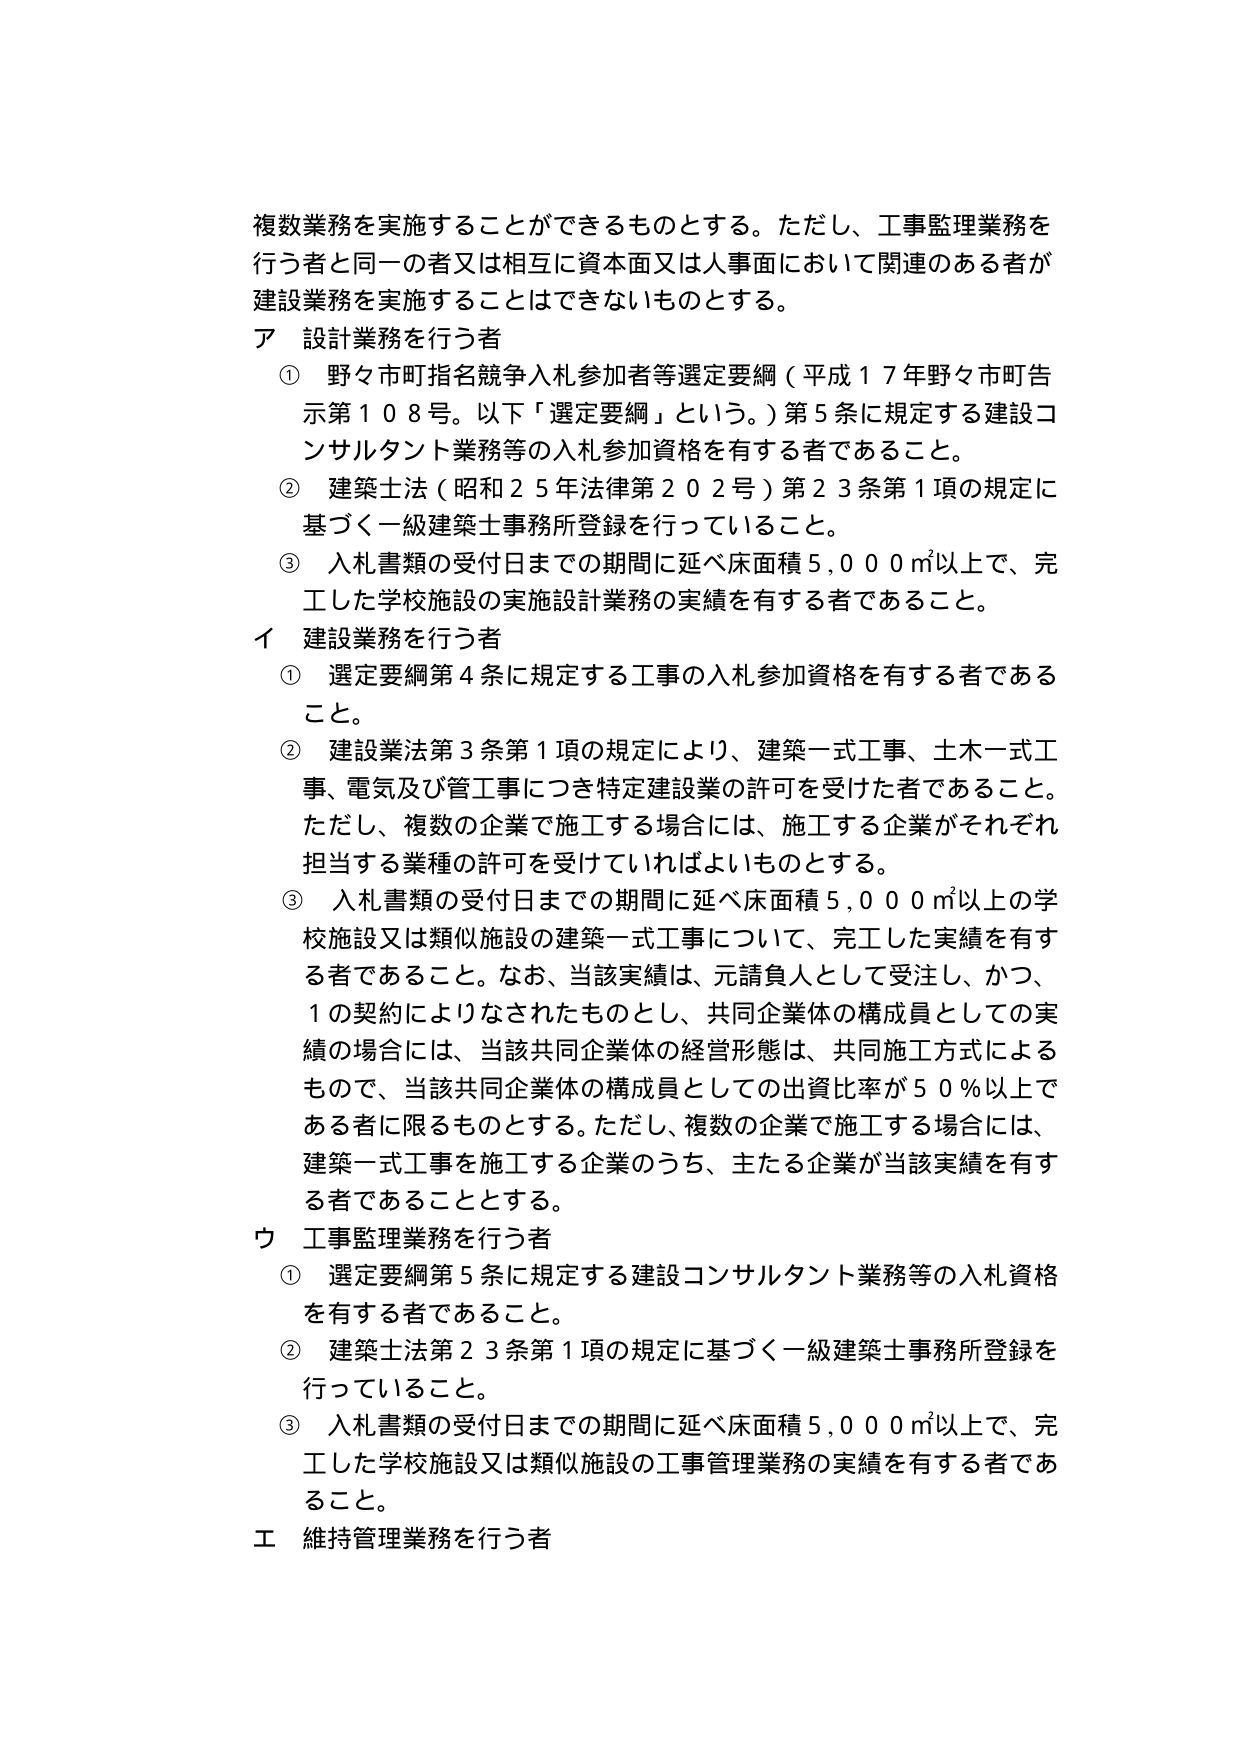
複数業務を実施することができるものとする。ただし、工事監理業務を行う者と同一の者又は相互に資本面又は人事面において関連のある者が建設業務を実施することはできないものとする。

ア 設計業務を行う者
① 野々市町指名競争入札参加者等選定要綱（平成１７年野々市町告示第１０８号。以下「選定要綱」という。）第５条に規定する建設コンサルタント業務等の入札参加資格を有する者であること。
② 建築士法（昭和２５年法律第２０２号）第２３条第１項の規定に基づく一級建築士事務所登録を行っていること。
③ 入札書類の受付日までの期間に延べ床面積５,０００㎡以上で、完工した学校施設の実施設計業務の実績を有する者であること。

イ 建設業務を行う者
① 選定要綱第４条に規定する工事の入札参加資格を有する者であること。
② 建設業法第３条第１項の規定により、建築一式工事、土木一式工事、電気及び管工事につき特定建設業の許可を受けた者であること。ただし、複数の企業で施工する場合には、施工する企業がそれぞれ担当する業種の許可を受けていればよいものとする。
③ 入札書類の受付日までの期間に延べ床面積５,０００㎡以上の学校施設又は類似施設の建築一式工事について、完工した実績を有する者であること。なお、当該実績は、元請負人として受注し、かつ、１の契約によりなされたものとし、共同企業体の構成員としての実績の場合には、当該共同企業体の経営形態は、共同施工方式によるもので、当該共同企業体の構成員としての出資比率が５０％以上である者に限るものとする。ただし、複数の企業で施工する場合には、建築一式工事を施工する企業のうち、主たる企業が当該実績を有する者であることとする。

ウ 工事監理業務を行う者
① 選定要綱第５条に規定する建設コンサルタント業務等の入札資格を有する者であること。
② 建築士法第２３条第１項の規定に基づく一級建築士事務所登録を行っていること。
③ 入札書類の受付日までの期間に延べ床面積５,０００㎡以上で、完工した学校施設又は類似施設の工事管理業務の実績を有する者であること。

エ 維持管理業務を行う者